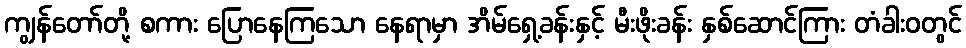
ကျွန်တော်တို့ စကား ပြောနေကြသော နေရာမှာ အိမ်ရှေ့ခန်းနှင့် မီးဖိုးခန်း နှစ်ဆောင်ကြား တံခါးဝတွင်